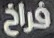
فراخ